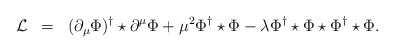
\begin{align*}\begin{array}{rcl}{\cal L}&=&\displaystyle(\partial_{\mu}\Phi)^{\dagger}\star\partial^{\mu}\Phi+\mu^2\Phi^{\dagger}\star\Phi-\lambda\Phi^{\dagger}\star\Phi\star\Phi^{\dagger}\star\Phi.\end{array}\end{align*}